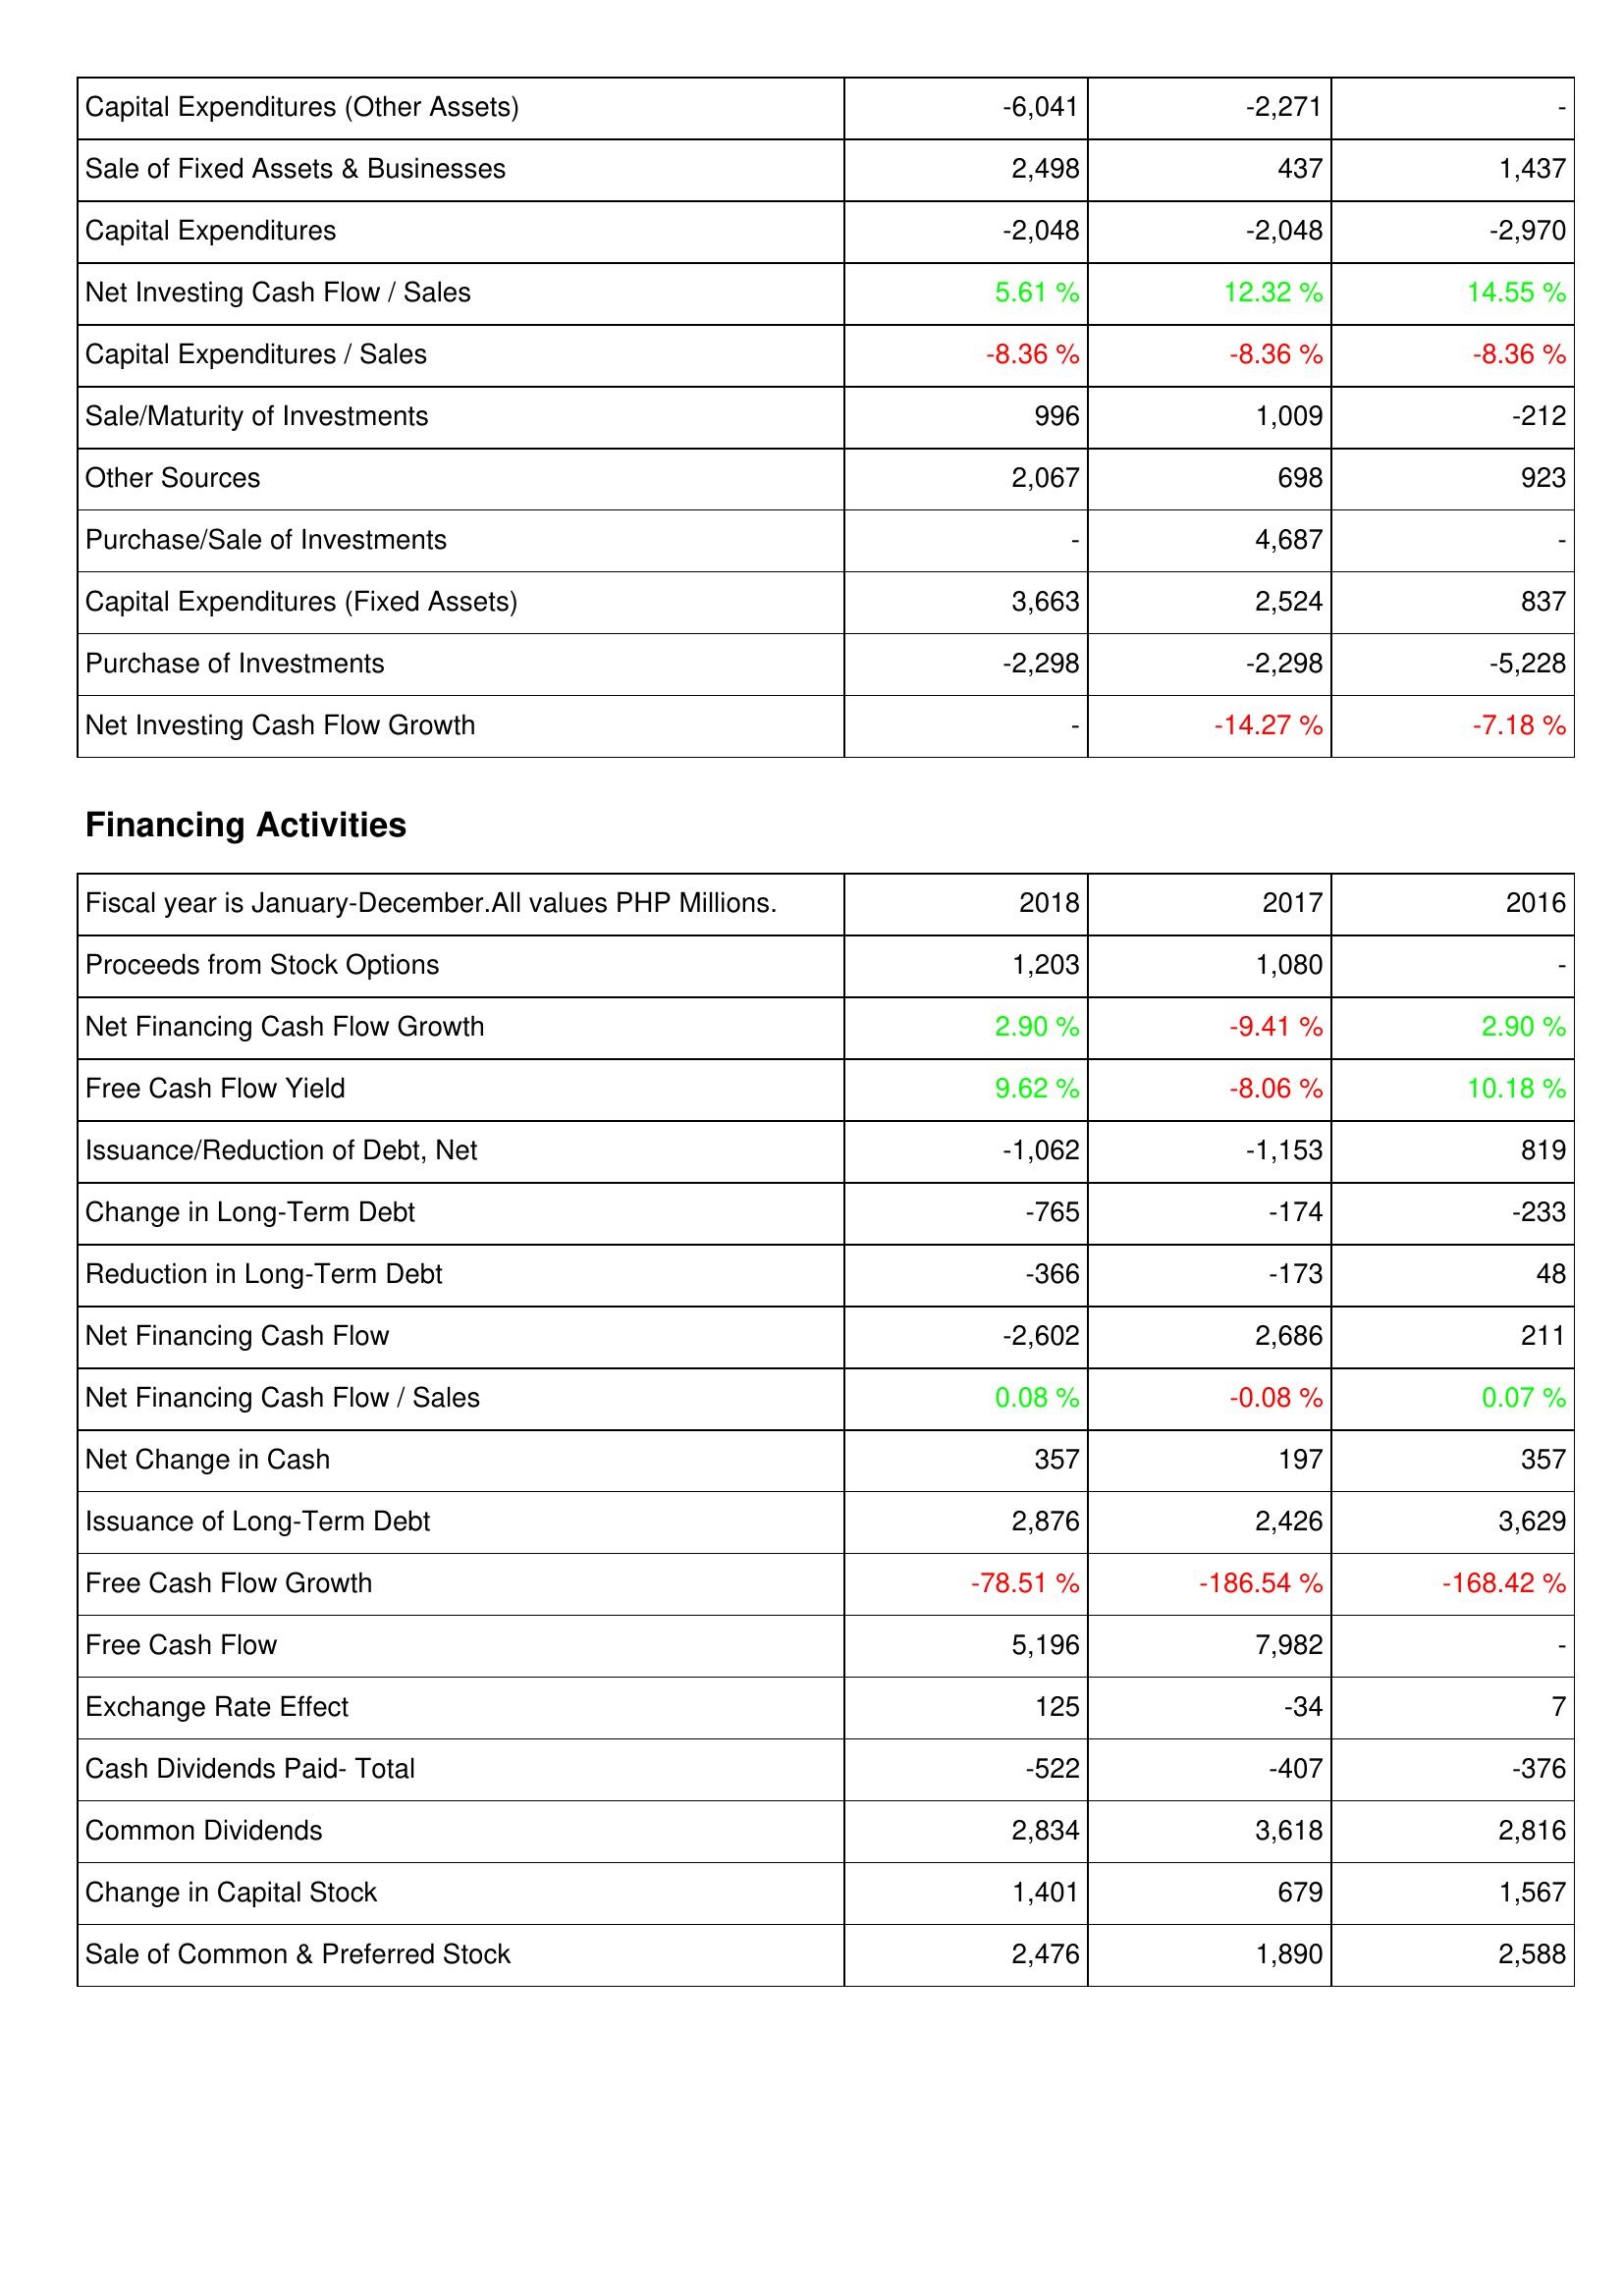
2018: Investing Activities: Capital Expenditures (Other Assets): -6,041
Sale of Fixed Assets & Businesses: 2,498
Capital Expenditures: -2,048
Net Investing Cash Flow / Sales: 5.61 %
Capital Expenditures / Sales: -8.36 %
Sale/Maturity of Investments: 996
Other Sources: 2,067
Purchase/Sale of Investments: -
Capital Expenditures (Fixed Assets): 3,663
Purchase of Investments: -2,298
Net Investing Cash Flow Growth: -
Financing Activities: Proceeds from Stock Options: 1,203
Net Financing Cash Flow Growth: 2.90 %
Free Cash Flow Yield: 9.62 %
Issuance/Reduction of Debt, Net: -1,062
Change in Long-Term Debt: -765
Reduction in Long-Term Debt: -366
Net Financing Cash Flow: -2,602
Net Financing Cash Flow / Sales: 0.08 %
Net Change in Cash: 357
Issuance of Long-Term Debt: 2,876
Free Cash Flow Growth: -78.51 %
Free Cash Flow: 5,196
Exchange Rate Effect: 125
Cash Dividends Paid- Total: -522
Common Dividends: 2,834
Change in Capital Stock: 1,401
Sale of Common & Preferred Stock: 2,476
2017: Investing Activities: Capital Expenditures (Other Assets): -2,271
Sale of Fixed Assets & Businesses: 437
Capital Expenditures: -2,048
Net Investing Cash Flow / Sales: 12.32 %
Capital Expenditures / Sales: -8.36 %
Sale/Maturity of Investments: 1,009
Other Sources: 698
Purchase/Sale of Investments: 4,687
Capital Expenditures (Fixed Assets): 2,524
Purchase of Investments: -2,298
Net Investing Cash Flow Growth: -14.27 %
Financing Activities: Proceeds from Stock Options: 1,080
Net Financing Cash Flow Growth: -9.41 %
Free Cash Flow Yield: -8.06 %
Issuance/Reduction of Debt, Net: -1,153
Change in Long-Term Debt: -174
Reduction in Long-Term Debt: -173
Net Financing Cash Flow: 2,686
Net Financing Cash Flow / Sales: -0.08 %
Net Change in Cash: 197
Issuance of Long-Term Debt: 2,426
Free Cash Flow Growth: -186.54 %
Free Cash Flow: 7,982
Exchange Rate Effect: -34
Cash Dividends Paid- Total: -407
Common Dividends: 3,618
Change in Capital Stock: 679
Sale of Common & Preferred Stock: 1,890
2016: Investing Activities: Capital Expenditures (Other Assets): -
Sale of Fixed Assets & Businesses: 1,437
Capital Expenditures: -2,970
Net Investing Cash Flow / Sales: 14.55 %
Capital Expenditures / Sales: -8.36 %
Sale/Maturity of Investments: -212
Other Sources: 923
Purchase/Sale of Investments: -
Capital Expenditures (Fixed Assets): 837
Purchase of Investments: -5,228
Net Investing Cash Flow Growth: -7.18 %
Financing Activities: Proceeds from Stock Options: -
Net Financing Cash Flow Growth: 2.90 %
Free Cash Flow Yield: 10.18 %
Issuance/Reduction of Debt, Net: 819
Change in Long-Term Debt: -233
Reduction in Long-Term Debt: 48
Net Financing Cash Flow: 211
Net Financing Cash Flow / Sales: 0.07 %
Net Change in Cash: 357
Issuance of Long-Term Debt: 3,629
Free Cash Flow Growth: -168.42 %
Free Cash Flow: -
Exchange Rate Effect: 7
Cash Dividends Paid- Total: -376
Common Dividends: 2,816
Change in Capital Stock: 1,567
Sale of Common & Preferred Stock: 2,588